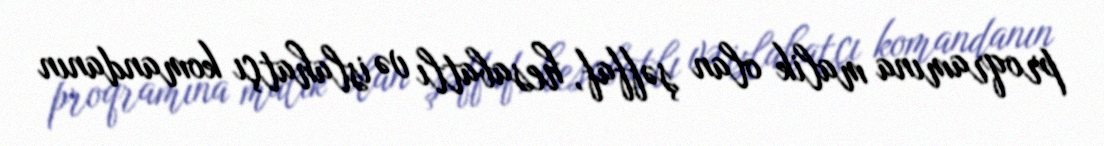
proqramına malik olan şəffaf, hesabatlı və islahatçı komandanın